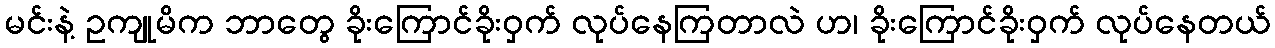
မင်းနဲ့ ဥကျုမိက ဘာတွေ ခိုးကြောင်ခိုးဝှက် လုပ်နေကြတာလဲ ဟ၊ ခိုးကြောင်ခိုးဝှက် လုပ်နေတယ်